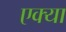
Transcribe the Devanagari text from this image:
एक्या